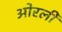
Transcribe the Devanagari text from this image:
ओरली